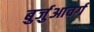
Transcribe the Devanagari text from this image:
बुर्जुआवर्ग